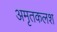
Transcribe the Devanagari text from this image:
अमृतकलश